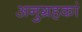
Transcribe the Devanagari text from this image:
अनुग्रहकां